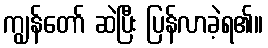
ကျွန်တော် ဆဲပြီး ပြန်လာခဲ့ရ၏။